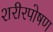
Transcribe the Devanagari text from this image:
शरीरपोषण